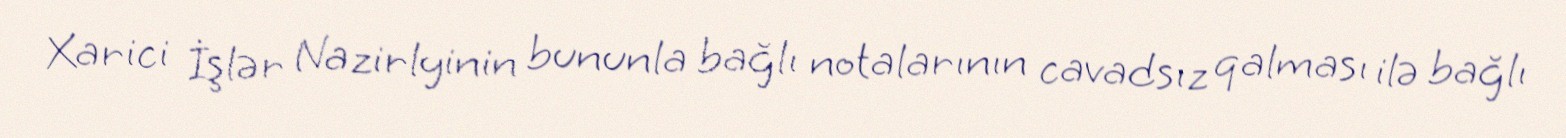
Xarici İşlər Nazirlyinin bununla bağlı notalarının cavadsız qalması ilə bağlı